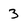
Character: 3